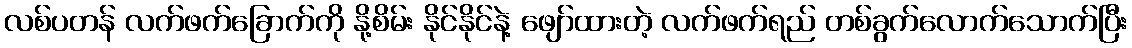
လစ်ပတန် လက်ဖက်ခြောက်ကို နို့စိမ်း နိုင်နိုင်နဲ့ ဖျော်ထားတဲ့ လက်ဖက်ရည် တစ်ခွက်လောက်သောက်ပြီး